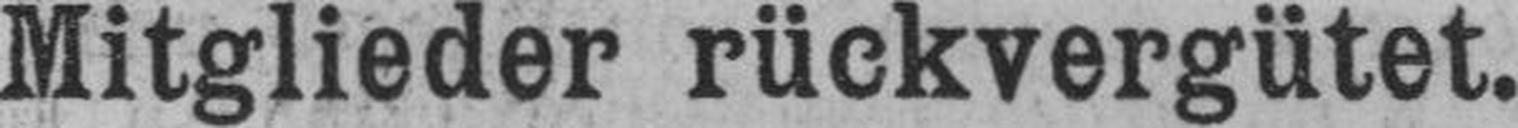
Mitglieder rückvergütet.